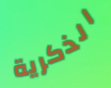
الذكرية